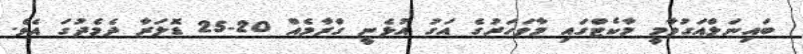
ބައިނަލްއަގުވާމީ މާކެޓްގައި މާވަހަރުގެ އަގު އުޅެނީ ގްރާމެއް 20-25 ޑޮލަރާ ދެމެދުގަ އެވެ.